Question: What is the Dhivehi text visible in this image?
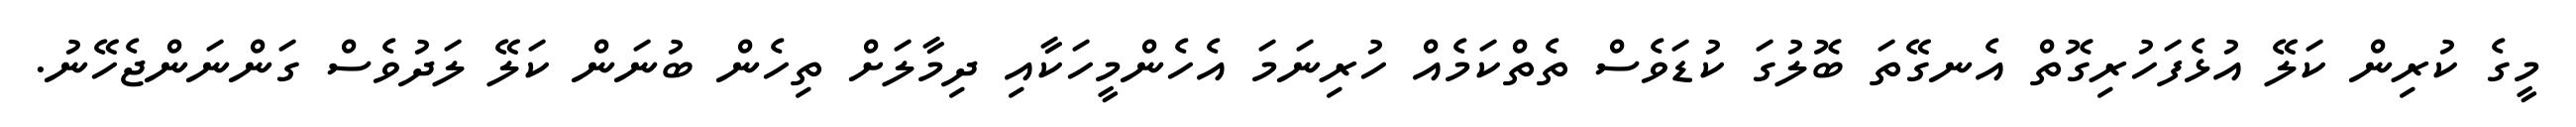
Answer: މީގެ ކުރިން ކަލޭ އުޅެފަހުރިގޮތް އެނގޭތަ ބޮލުގަ ކުޑަވެސް ތެތްކަމެއް ހުރިނަމަ އެހެންމީހަކާއި ދިމާލަށް ތިހެން ބުނަން ކަލޭ ލަދުވެސް ގަންނަންޖެހޭނު.